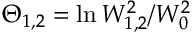
\begin{array} { r } { \Theta _ { 1 , 2 } = \ln W _ { 1 , 2 } ^ { 2 } / W _ { 0 } ^ { 2 } } \end{array}